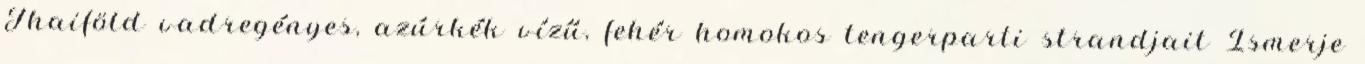
Thaiföld vadregényes, azúrkék vízű, fehér homokos tengerparti strandjait Ismerje